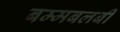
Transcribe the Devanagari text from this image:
बम्मबलबी